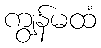
ကျွန်မထံ